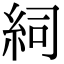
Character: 𥿆